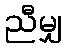
ညီမျှ